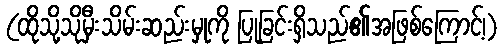
(ထိုသို့သိုမှီးသိမ်းဆည်းမှုကို ပြုခြင်းရှိသည်၏အဖြစ်ကြောင့်၊)